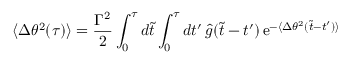
\langle \Delta \theta ^ { 2 } ( \tau ) \rangle = { \frac { \Gamma ^ { 2 } } { 2 } } \int _ { 0 } ^ { \tau } d \tilde { t } \int _ { 0 } ^ { \tau } d t ^ { \prime } \, \hat { g } ( \tilde { t } - t ^ { \prime } ) \, \mathrm { e } ^ { - \langle \Delta \theta ^ { 2 } ( \tilde { t } - t ^ { \prime } ) \rangle }